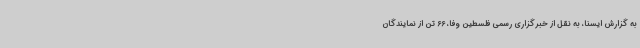
به گزارش ایسنا، به نقل از خبرگزاری رسمی فلسطین وفا، 66 تن از نمایندگان